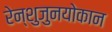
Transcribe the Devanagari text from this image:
रेन्शुजुनयोकान